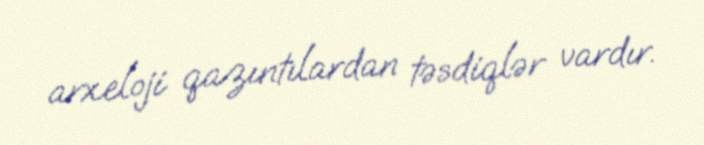
arxeloji qazıntılardan təsdiqlər vardır.